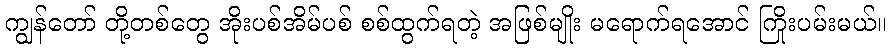
ကျွန်တော် တို့တစ်တွေ အိုးပစ်အိမ်ပစ် စစ်ထွက်ရတဲ့ အဖြစ်မျိုး မရောက်ရအောင် ကြိုးပမ်းမယ်။